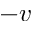
- v